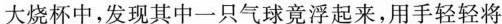
大烧杯中，发现其中一只气球竟浮起来，用手轻轻将